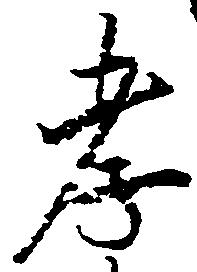
孝